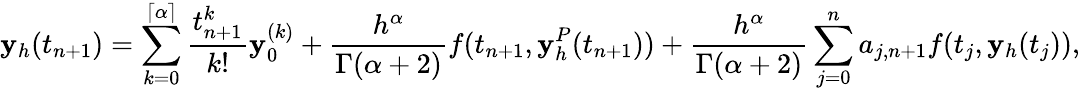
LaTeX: \mathbf{y}_{h}(t_{n+1})=\sum_{k=0}^{\left\lceil{\alpha}\right\rceil}\frac{{t_{n+1}^{k}}}{{k!}}\mathbf{y}_{0}^{(k)}+\frac{{h^{\alpha}}}{{\Gamma(\alpha+2)}}f(t_{n+1},\mathbf{y}_{h}^{P}(t_{n+1}))+\frac{{h^{\alpha}}}{{\Gamma(\alpha+2)}}\sum_{j=0}^{n}a_{j,n+1}f(t_{j},\mathbf{y}_{h}(t_{j})),